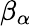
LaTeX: \beta_{\alpha}